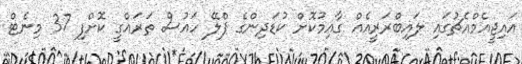
އައިޖީއެމްއެޗުގައި ލައިބްރަރީއެއް ގާއިމުކޮށް ކުޑަދިންގެ ޕްލޭ ހައުސް ތަރައްގީ ކޮށްފި 37 މިނެޓް